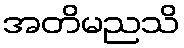
အတိမညသိ